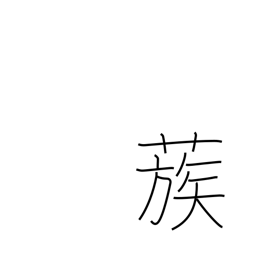
Meaning: gather together